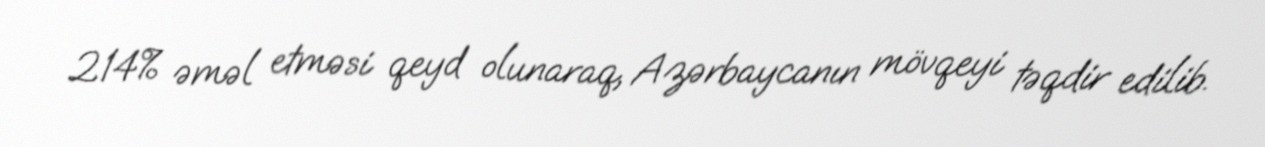
214% əməl etməsi qeyd olunaraq, Azərbaycanın mövqeyi təqdir edilib.